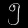
Digit: ၅